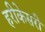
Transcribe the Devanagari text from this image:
हरीकेसरी